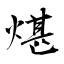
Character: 煁